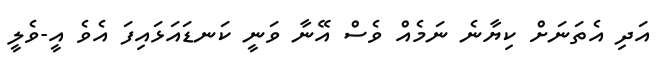
އަދި އެތަނަށް ކިޔާނެ ނަމެއް ވެސް އޭނާ ވަނީ ކަނޑައަޅައިފަ އެވެ އީ-ވެލީ